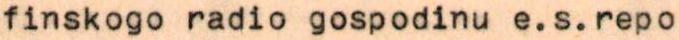
finskogo radio gospodinu e.s.repo